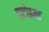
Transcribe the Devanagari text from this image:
घटोइया